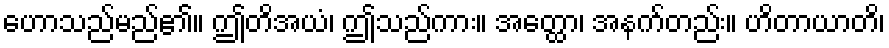
ဟောသည်မည်၏။ ဤတိအယံ၊ ဤသည်ကား။ အတ္ထော၊ အနက်တည်း။ ဟိတာယာတိ၊